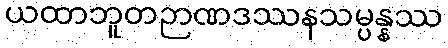
ယထာဘူတဉာဏဒဿနသမ္ပန္နဿ